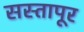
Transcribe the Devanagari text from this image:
सस्तापूर